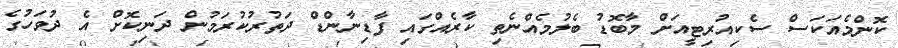
ކޮންމެއަކަސް ސެކިއުރިޓީއަށް މާބޮޑު ބެލުމެއްނެތި ކާރެއްގައި ފާޑިނާންޑް ދަތުރުކުރަމުން ދަނިކޮށް އެ ދުވަހުގެ